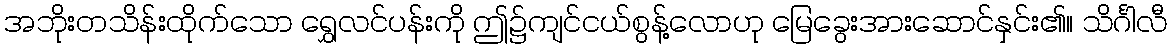
အဘိုးတသိန်းထိုက်သော ရွှေလင်ပန်းကို ဤ၌ကျင်ငယ်စွန့်လောဟု မြေခွေးအားဆောင်နှင်း၏။ သိင်္ဂါလီ